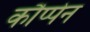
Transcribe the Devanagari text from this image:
कौप्पेन